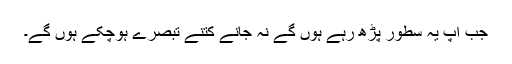
جب آپ یہ سطور پڑھ رہے ہوں گے نہ جانے کتنے تبصرے ہوچکے ہوں گے۔